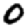
Digit: 0